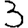
Digit: 3